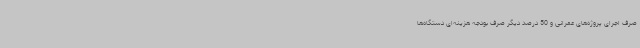
صرف اجرای پروژه‌های عمرانی و 50 درصد دیگر صرف بودجه هزینه‌ای دستگاه‌ها